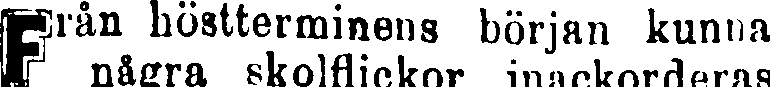
Från höstterminens början kunna